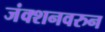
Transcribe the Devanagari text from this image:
जंक्शनवरुन